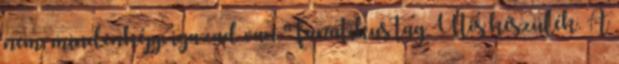
nem, mindenképp igazad van." fanatikus tag Ütős készülék. A